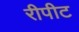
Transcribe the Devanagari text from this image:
रीपीट